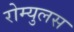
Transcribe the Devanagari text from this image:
रोम्युलस